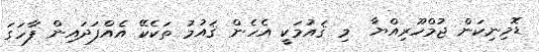
ޑޮމިނިކަން ޖުމްހޫރިއްޔާ  މި ޤައުމަކީ އެހެން ޤައުމު ތަކެކޭ އެއްފަދައިން ފާހަގަ